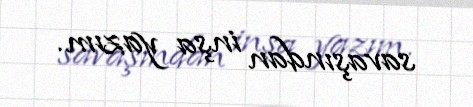
savaşından inşa yazım.